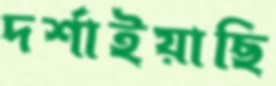
দর্শাইয়াছি